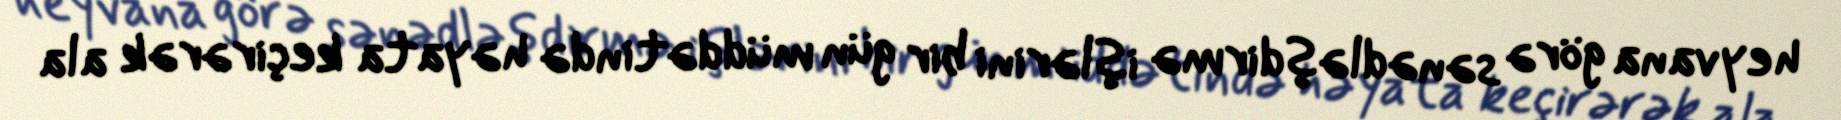
heyvana görə sənədləşdirmə işlərini bir gün müddətində həyata keçirərək ala